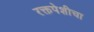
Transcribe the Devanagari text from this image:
रक्तपेशीचा